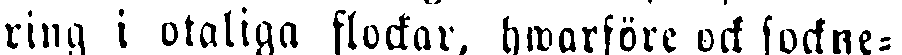
kring i otaliga flockar, hwarföre ock sockne-